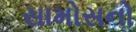
સામોસનો